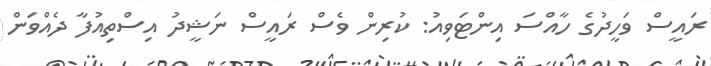
ރައީސް ވަހީދުގެ ހާއްސަ އިންޓަވިއު: ކުރިން ވެސް ރައީސް ނަޝީދު އިސްތިއުފާ ދެއްވަން